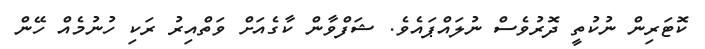
ކޮޓަރިން ނުކުތީ ދޮރުވެސް ނުލައްޕައެވެ. ޝަފްވާން ކާގެއަށް ވަތްއިރު ރަކި ހުނުމެއް ހޭން